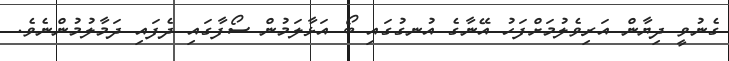
ގެނުވީ ދިޔާން އަރިވެލުމަށްފަހު އޭނާގެ އުނގުގައި ބޯ އަޅާލަމުން ސޯފާގައި ދެފައި ދަމާލުމުންނެވެ.